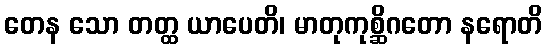
တေန သော တတ္ထ ယာပေတိ၊ မာတုကုစ္ဆိဂတော နရောတိ